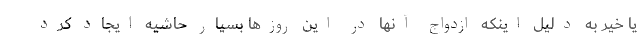
یا خیر به دلیل اینکه ازدواج آنها در این روزها بسیار حاشیه ایجاد کرد